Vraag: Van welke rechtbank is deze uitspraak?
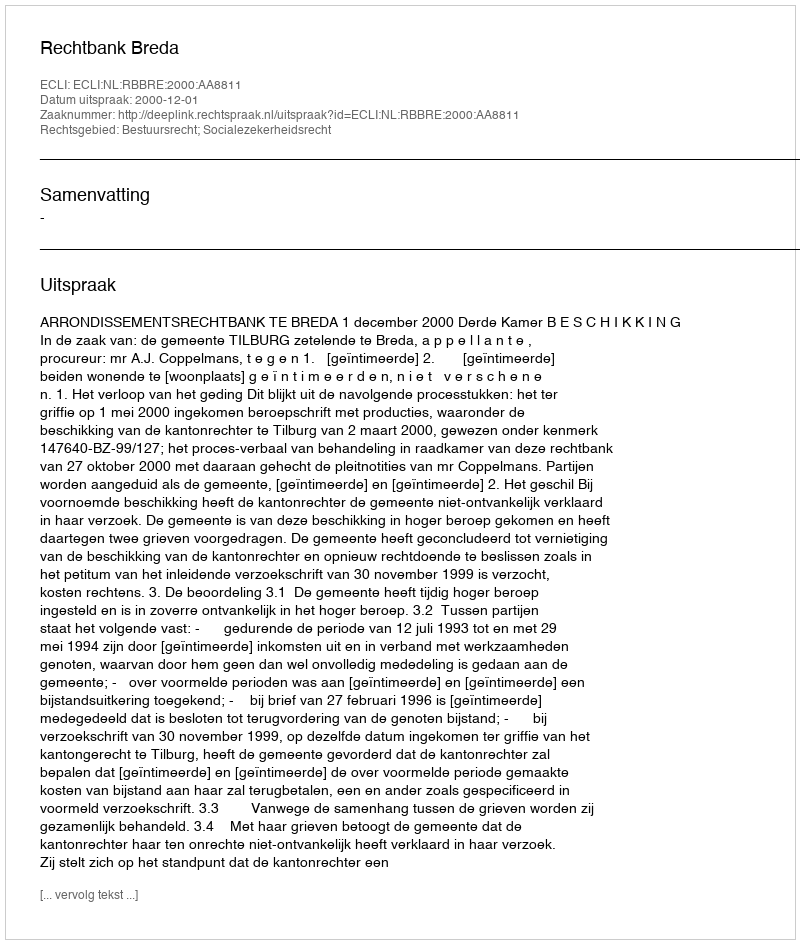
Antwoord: Rechtbank Breda